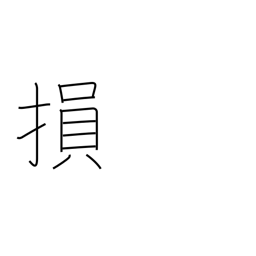
Meaning: damage